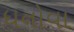
ધનોવા